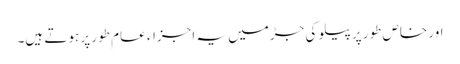
اور خاص طور پر پیلو کی جڑمیں یہ اجزاء عام طور پر ہوتے ہیں۔